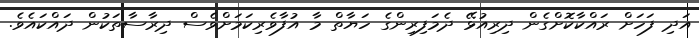
އަދި ފަހަށް ރައްކާކޮށްގެން ދިރިއުޅޭ ދެމަފިރިންގެ ހަޔާތް މާ އުފާވެރިކަމަށްވެސް ދިރާސާތަކުން ދައްކައެވެ.